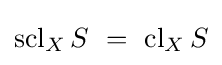
\operatorname {scl} _{X}S~=~\operatorname {cl} _{X}S